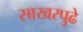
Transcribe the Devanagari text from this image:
साखरपुढे